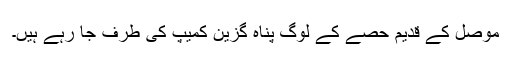
موصل کے قدیم حصے کے لوگ پناہ گزین کمیپ کی طرف جا رہے ہیں۔